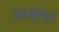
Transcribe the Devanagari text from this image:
आम्ंत्रित